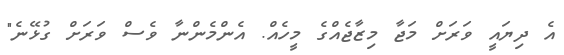
އެ ދިޔައީ ވަރަށް މަޖާ މިޒާޖެއްގެ މީހެއް. އެންމެންނާ ވެސް ވަރަށް ގުޅޭނެ"